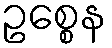
ဥစ္စေန